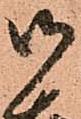
御